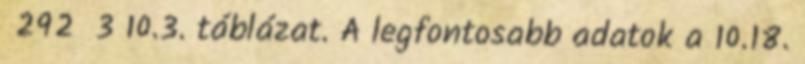
292 3 10.3. táblázat. A legfontosabb adatok a 10.18.